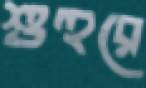
শুহুরে